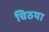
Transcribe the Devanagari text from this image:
चिठया